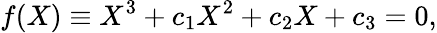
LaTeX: f(X)\equiv X^{3}+c_{1}X^{2}+c_{2}X+c_{3}=0,